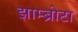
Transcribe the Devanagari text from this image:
झाम्ब्रोटा